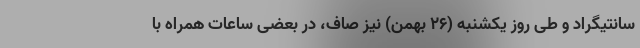
سانتیگراد و طی روز یکشنبه (۲۶ بهمن) نیز صاف، در بعضی ساعات همراه با